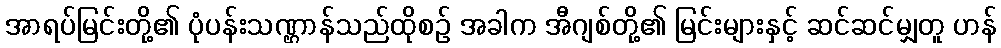
အာရပ်မြင်းတို့၏ ပုံပန်းသဏ္ဌာန်သည်ထိုစဉ် အခါက အီဂျစ်တို့၏ မြင်းများနှင့် ဆင်ဆင်မျှတူ ဟန်